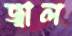
জ্বাল